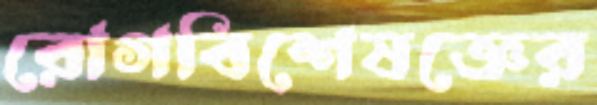
রোগবিশেষজ্ঞের